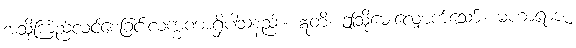
အသို့ကြည်လင်စေခြင်းလက္ခဏာရှိပါသနည်း။ ဣတိ၊ ဤသို့မေးလျှောက်သော်။ မဟာရာဇ၊